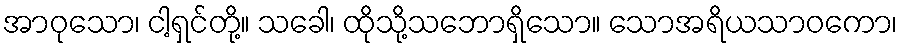
အာဝုသော၊ ငါ့ရှင်တို့။ သခေါ၊ ထိုသို့သဘောရှိသော။ သောအရိယသာဝကော၊